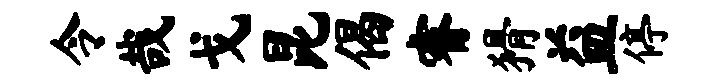
令哉戈昆偈睿猾益停